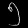
Digit: ၅